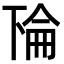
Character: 𫠳